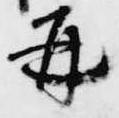
并